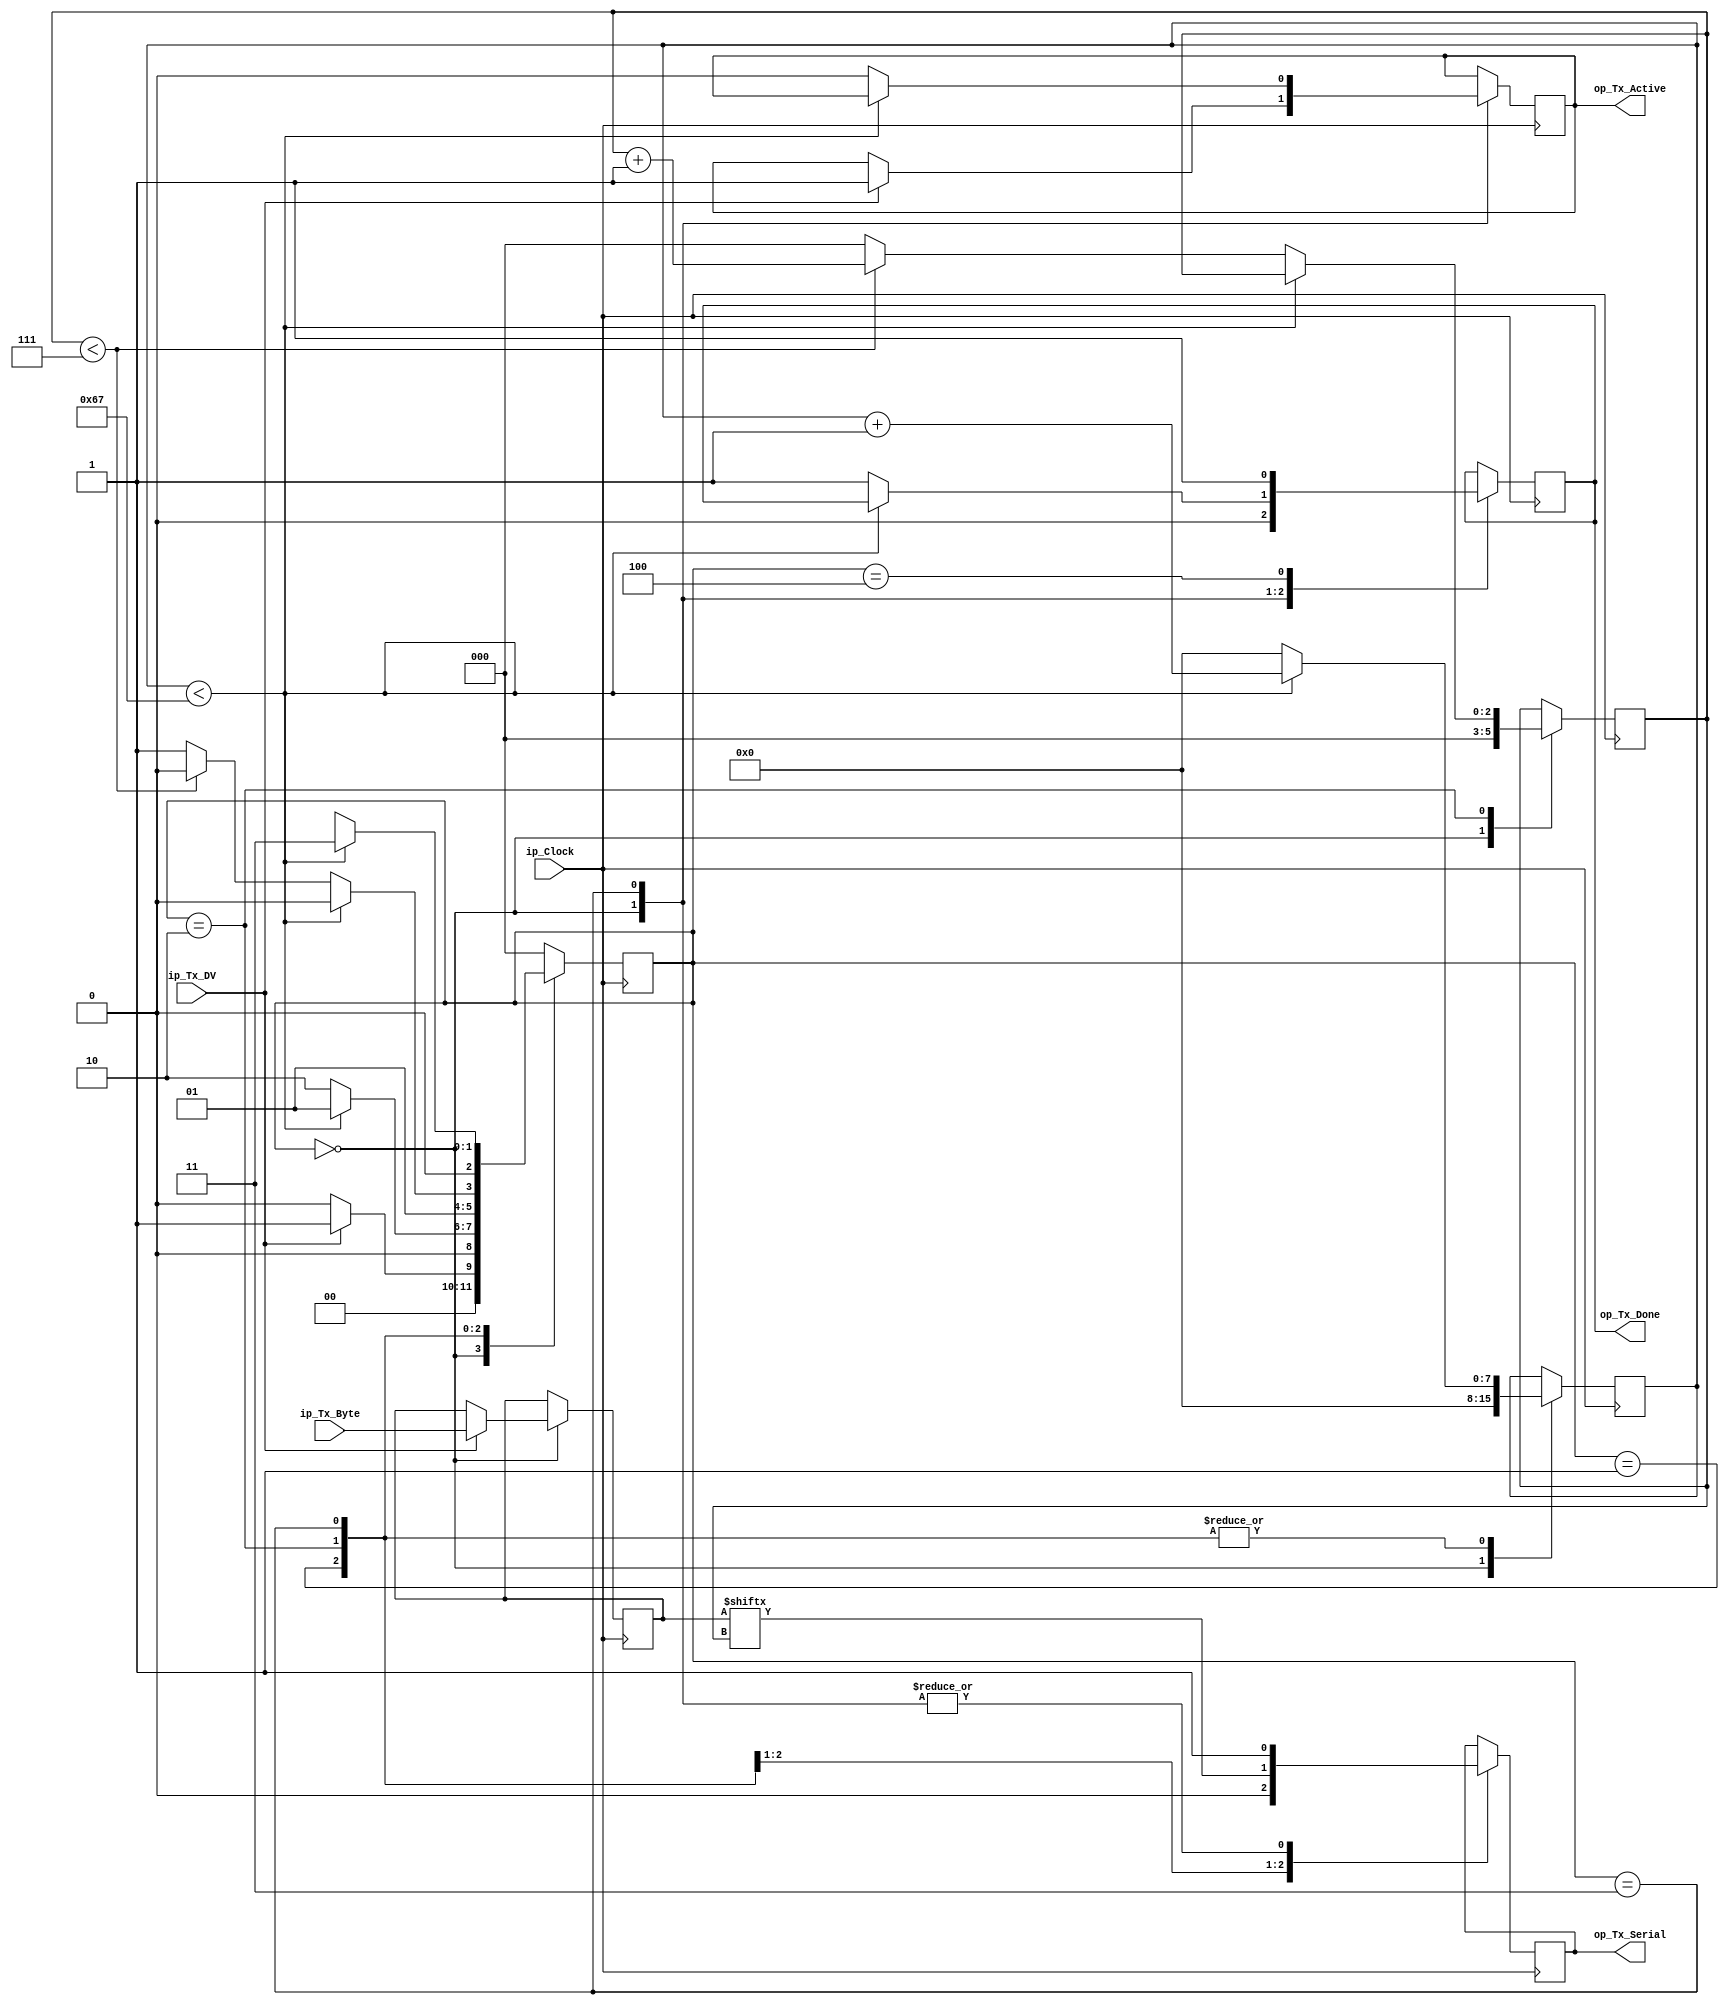
module uart_tx(
   input       ip_Clock,
   input       ip_Tx_DV,
   input [7:0] ip_Tx_Byte, 
   output      op_Tx_Active,
   output reg  op_Tx_Serial,
   output      op_Tx_Done
   );
  
  parameter CLKS_PER_BIT   = 104;

  parameter s_IDLE         = 3'b000;
  parameter s_TX_START_BIT = 3'b001;
  parameter s_TX_DATA_BITS = 3'b010;
  parameter s_TX_STOP_BIT  = 3'b011;
  parameter s_CLEAN_MTB    = 3'b100;
   
  reg [2:0]    r_SM_Main     = 0;
  reg [7:0]    r_Clock_Count = 0;
  reg [2:0]    r_Bit_Index   = 0;
  reg [7:0]    r_Tx_Data     = 0;
  reg          r_Tx_Done     = 0;
  reg          r_Tx_Active   = 0;
     
  always @(posedge ip_Clock)
    begin
       
      case (r_SM_Main)
        s_IDLE :
          begin
            op_Tx_Serial   <= 1'b1;       // Driving Line High for Idle
            r_Tx_Done     <= 1'b0;
            r_Clock_Count <= 0;
            r_Bit_Index   <= 0;
             
            if (ip_Tx_DV == 1'b1)
              begin
                r_Tx_Active <= 1'b1;
                r_Tx_Data   <= ip_Tx_Byte;
                r_SM_Main   <= s_TX_START_BIT;
              end
            else
              r_SM_Main <= s_IDLE;
          end // case: s_IDLE
         
         
        // Send out Start Bit. Start bit = 0
        s_TX_START_BIT :
          begin
            op_Tx_Serial <= 1'b0;
             
            // Waiting CLKS_PER_BIT-1 clock cycles for start bit to finish
            if (r_Clock_Count < CLKS_PER_BIT-1)
              begin
                r_Clock_Count <= r_Clock_Count + 1;
                r_SM_Main     <= s_TX_START_BIT;
              end
            else
              begin
                r_Clock_Count <= 0;
                r_SM_Main     <= s_TX_DATA_BITS;
              end
          end // case: s_TX_START_BIT
         
         
        // Wait CLKS_PER_BIT-1 clock cycles for data bits to finish         
        s_TX_DATA_BITS :
          begin
            op_Tx_Serial <= r_Tx_Data[r_Bit_Index];
             
            if (r_Clock_Count < CLKS_PER_BIT-1)
              begin
                r_Clock_Count <= r_Clock_Count + 1;
                r_SM_Main     <= s_TX_DATA_BITS;
              end
            else
              begin
                r_Clock_Count <= 0;
                 
                // Check if we have sent out all bits
                if (r_Bit_Index < 7)
                  begin
                    r_Bit_Index <= r_Bit_Index + 1;
                    r_SM_Main   <= s_TX_DATA_BITS;
                  end
                else
                  begin
                    r_Bit_Index <= 0;
                    r_SM_Main   <= s_TX_STOP_BIT;
                  end
              end
          end // case: s_TX_DATA_BITS
         
         
        // Send out Stop bit.  Stop bit = 1
        s_TX_STOP_BIT :
          begin
            op_Tx_Serial <= 1'b1;
             
            // Wait CLKS_PER_BIT-1 clock cycles for Stop bit to finish
            if (r_Clock_Count < CLKS_PER_BIT-1)
              begin
                r_Clock_Count <= r_Clock_Count + 1;
                r_SM_Main     <= s_TX_STOP_BIT;
              end
            else
              begin
                r_Tx_Done     <= 1'b1;
                r_Clock_Count <= 0;
                r_SM_Main     <= s_CLEANUP;
                r_Tx_Active   <= 1'b0;
              end
          end // case: s_Tx_STOP_BIT
         
         
        // waiting for 1 clock to reduce metastability
        s_CLEAN_MTB :
          begin
            r_Tx_Done <= 1'b1;
            r_SM_Main <= s_IDLE;
          end
         
         
        default :
          r_SM_Main <= s_IDLE;
         
      endcase
    end
 
  assign op_Tx_Active = r_Tx_Active;
  assign op_Tx_Done   = r_Tx_Done;
   
endmodule